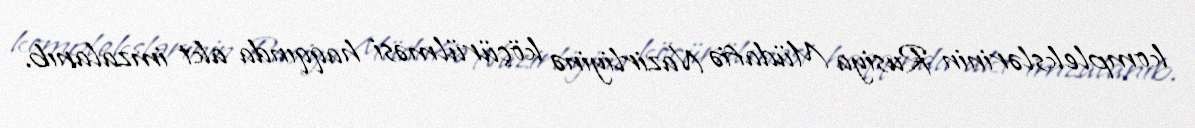
komplekslərinin Rusiya Müdafiə Nazirliyinə köçürülməsi haqqında akt imzalanıb.